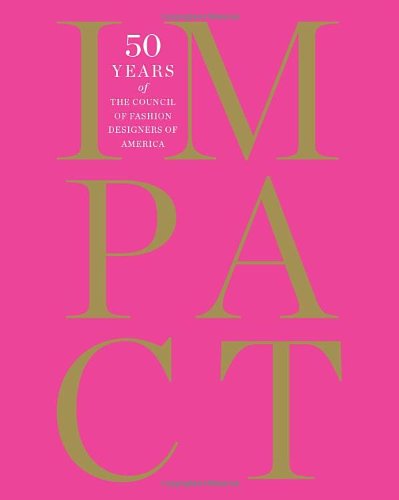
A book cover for IMPACT: 50 Years of the CFDA; Patricia Mears; Arts & Photography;